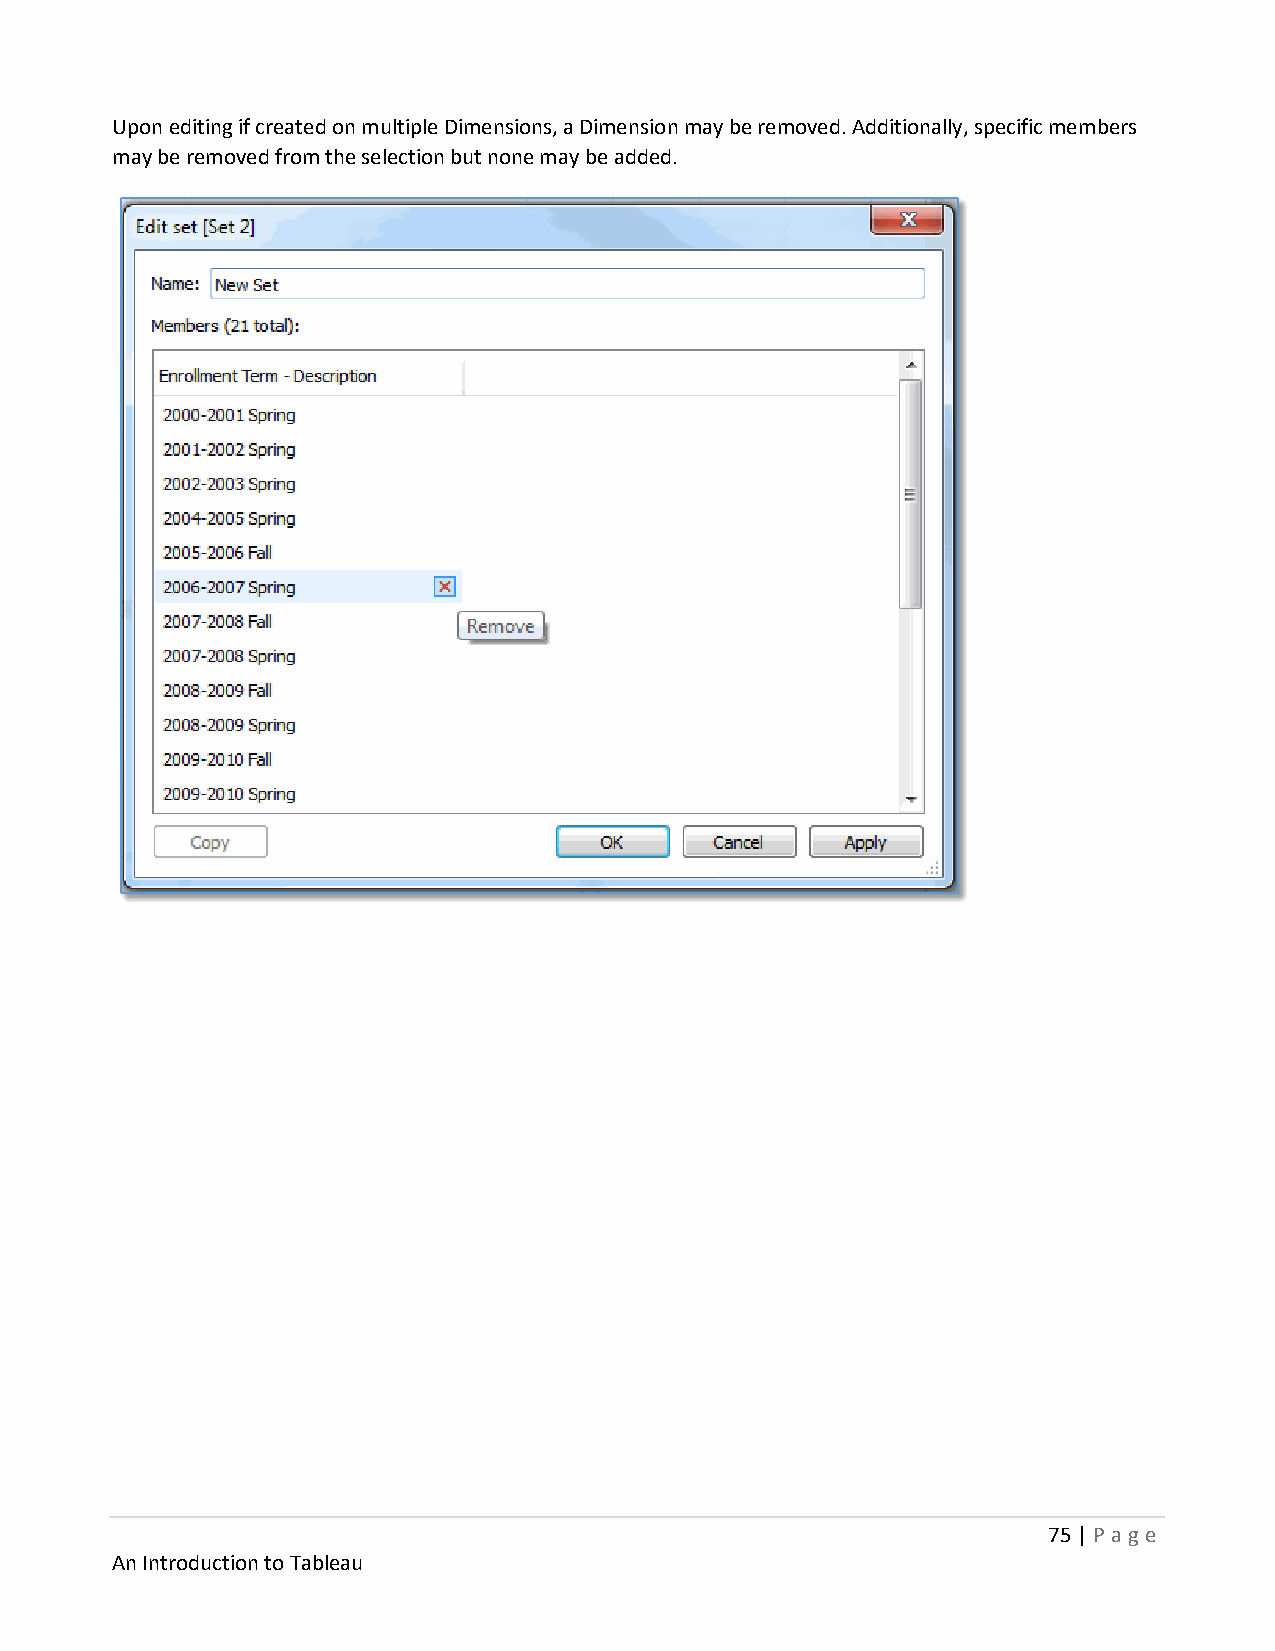
Upon editing if created on multiple Dimensions, a Dimension may be removed. Additionally, specific members
 may be removed from the selection but none may be added.
 75 | P age
 An Introduction to Tableau